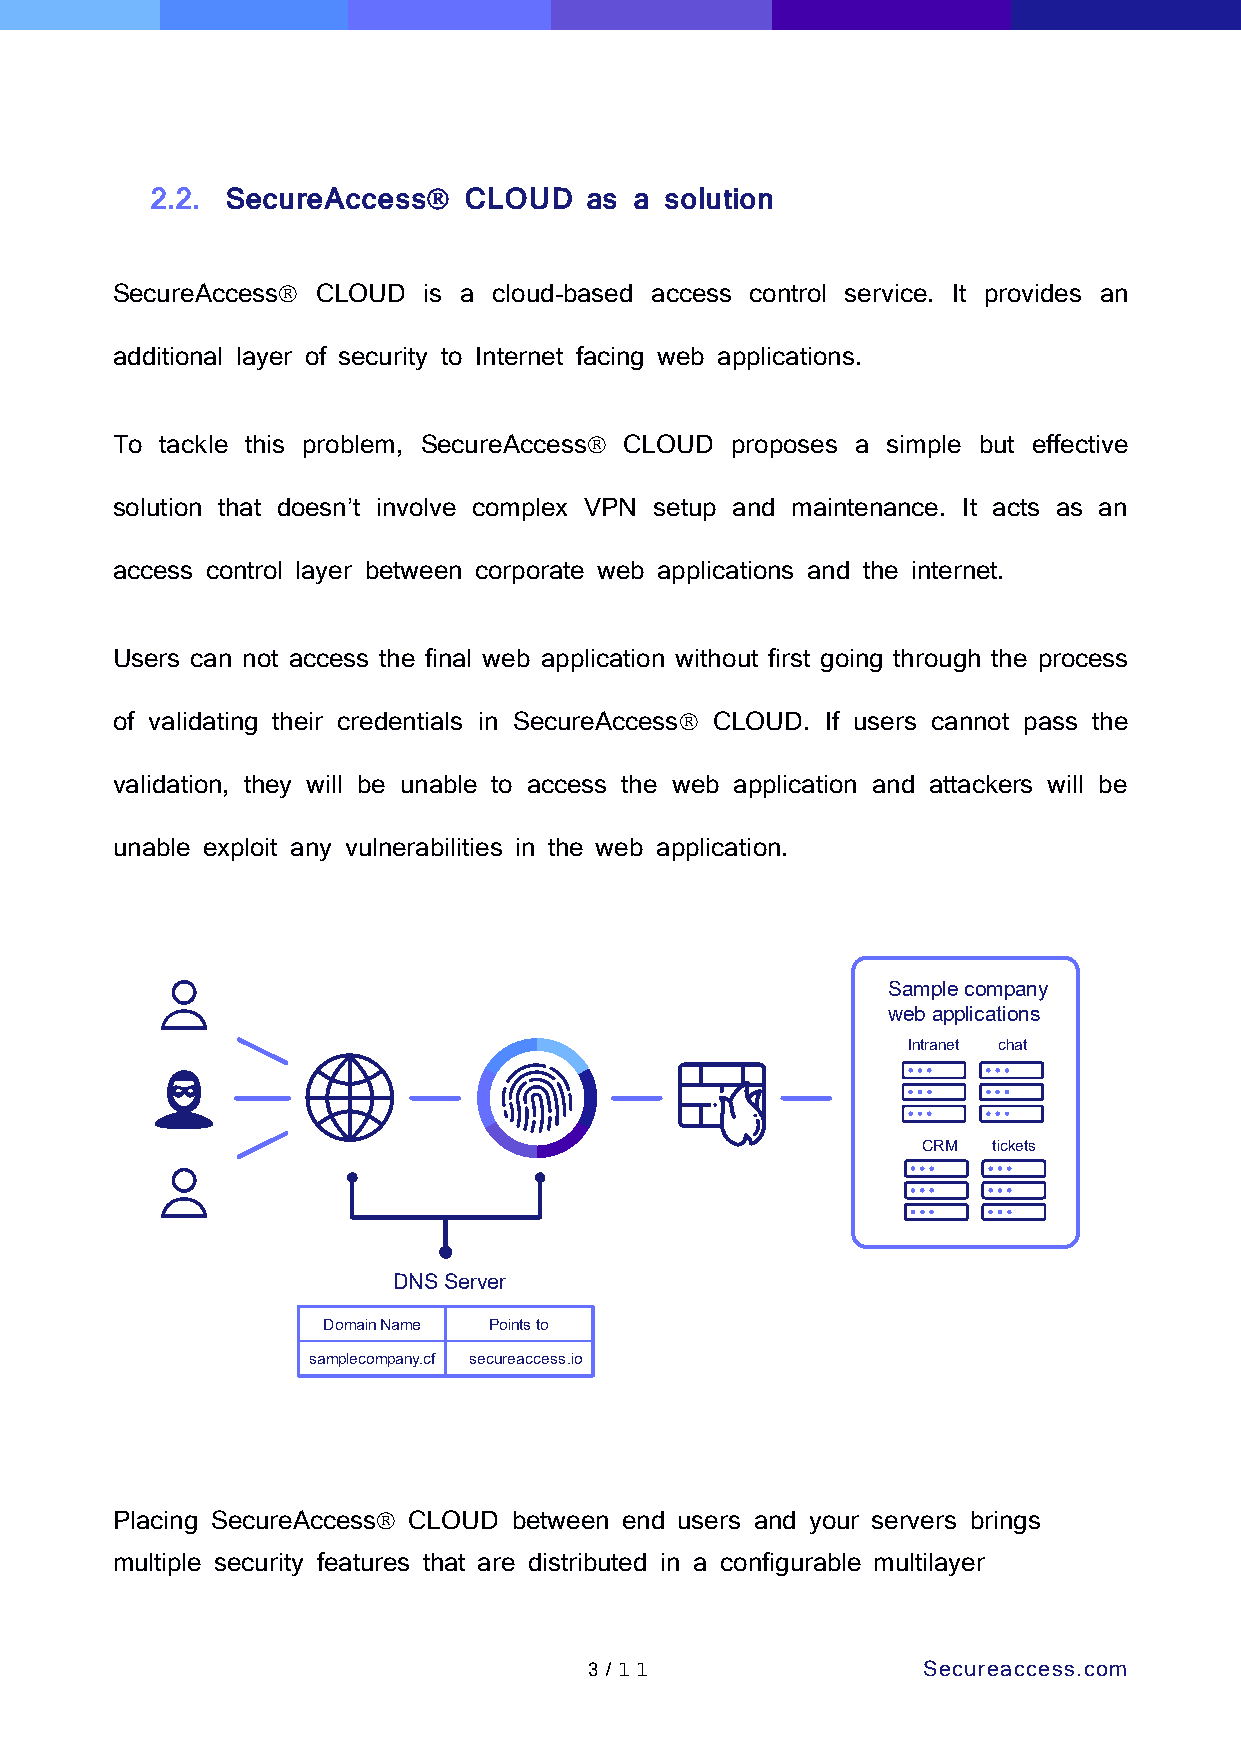

 2.2. SecureAccess    CLOUD   as a solution
 SecureAccess CLOUD  is a cloud-based access control service. It provides an
 additional layer of security to Internet facing web applications.
 To  tackle this problem, SecureAccess CLOUD proposes a simple but effective
 solution that doesn’t involve complex VPN setup and maintenance. It acts as an
 access control layer between corporate web applications and the internet.
 Users can not access the final web application without first going through the process
 of validating their credentials in SecureAccess CLOUD. If users cannot pass the
 validation, they will be unable to access the web application and attackers will be
 unable exploit any vulnerabilities in the web application.
 Placing SecureAccess CLOUD between end users and your servers brings
 multiple security features that are distributed in a configurable multilayer
 3 /1 1                Secureaccess.com